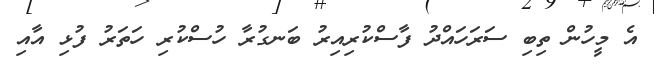
އެ މީހުން ތިބި ސަރަހައްދު ފާސްކުރިއިރު ބަނގުރާ ހުސްކުރި ހަތަރު ފުޅި އާއި